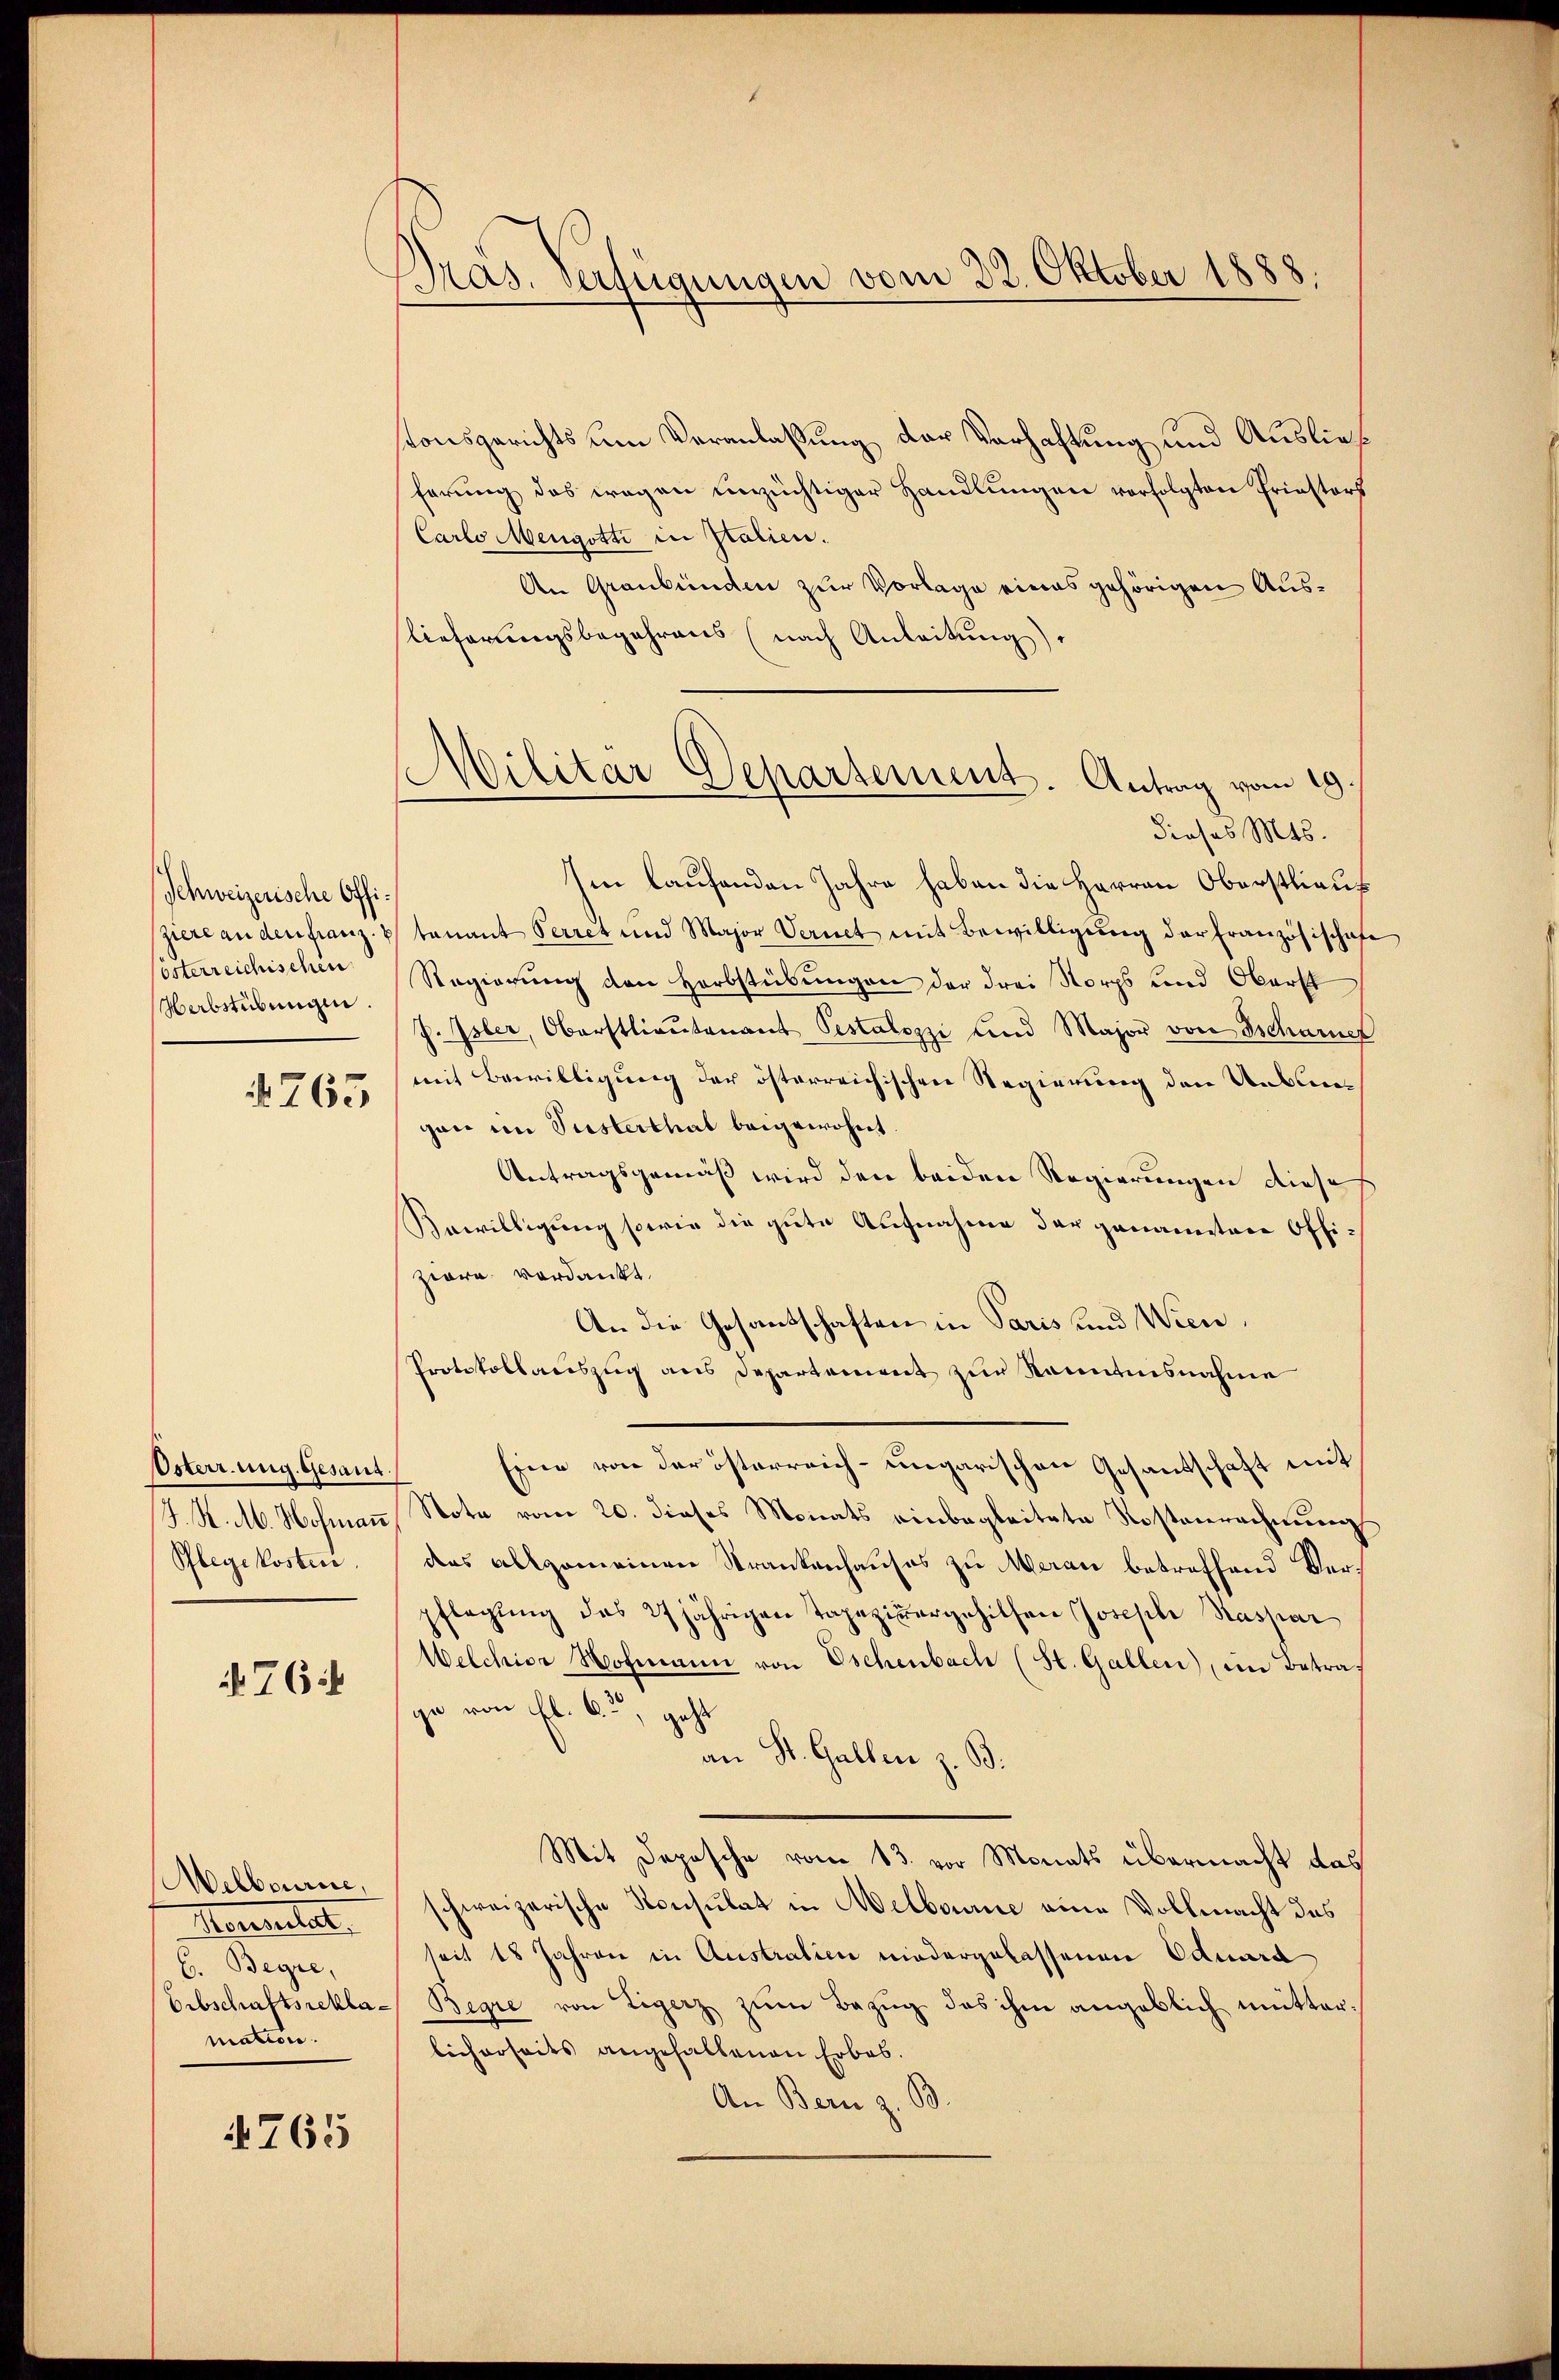
Schweizerische Offiszere an den franz.
österreichischen
Herbstübungen.
N. 765

Osterrung. Gesaus
J. K. M. Hofmann
Pflegekosten.

76

Melbourire,
Meunitat.
C. Begre,
Erbschaftsreklamation.

765

Pras. Verfügungen vom 22. Oktober 1888

tonsgerichts um Veranlaßung der Verhaftung und Auslief
ferung des wegen unzüchtiger Handlungen verfolgten Priestors
Carlo Mengotti in Italien.
An Graubünden zur Vorlage eines gehörigen Auslieferungsbegehrens (nach Anleitung).
dieses Mts.
hin laufenden Jahre haben die Herren Oberstlieut
tenant Perret und Major Vernet mit Bewilligung der Französischaft
Regierung den Herbstübungen der drei Norps und Oberst
J. Isler, Oberstlieutenant Pestalozzi und Major von Tscharner
mit Bewilligung der österreichischen Regierung den Unbegan im Susterthal beigewohnt.
Antragsgemäß wird den beiden Regierungen diese
Bewilligung sowie die gute Aufnahme der genannten Offizwere verdankt.
An die Gesantschaften in Paris und Wien,
Protokollauszug aus Departement zur Kenntnisnahme
Eine von der österreich-ungarischen Gesandschaft mit
Note vom 20. dieses Monats einbegleitete Kostenrechnung
das allgemeinen Strankenhauses zu Meran betreffend Verpflegŭng das 27 jährigen Tapeziŭergehilfen Joseph Kaspar
Welchior Hofmann von Eschenbach (St. Gallen), im Betrage von fl. 65, geht
an St. Gallen z. B.
Mit Depesche vom 13. vor Monats übermacht das
schweizerische Konsulat in Welbourie eine Vollmacht des
seit 18 Jahren in Austration niedergelassenen Eduard
Begre von Ligerz zum Bezug das ihm angeblich mitterlicherseits angehaltenen Erbes.
An Bern z. B.

Militar Departement. Antrag vom 19.